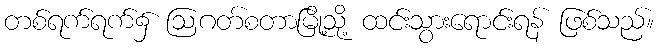
တစ်ရက်ရက်၌ ဩဂတ်စတာမြို့သို့ ထင်းသွားရောင်းရန် ဖြစ်သည်။